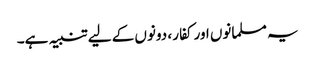
یہ مسلمانوں اور کفار ، دونوں کے لیے تنبیہ ہے۔